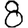
Digit: 8